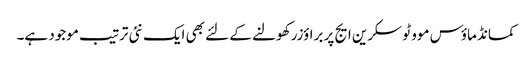
کمانڈ ماؤس موو ٹو سکرین ایج پر براؤزر کھولنے کے لئے بھی ایک نئی ترتیب موجود ہے۔